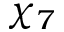
\chi _ { 7 }